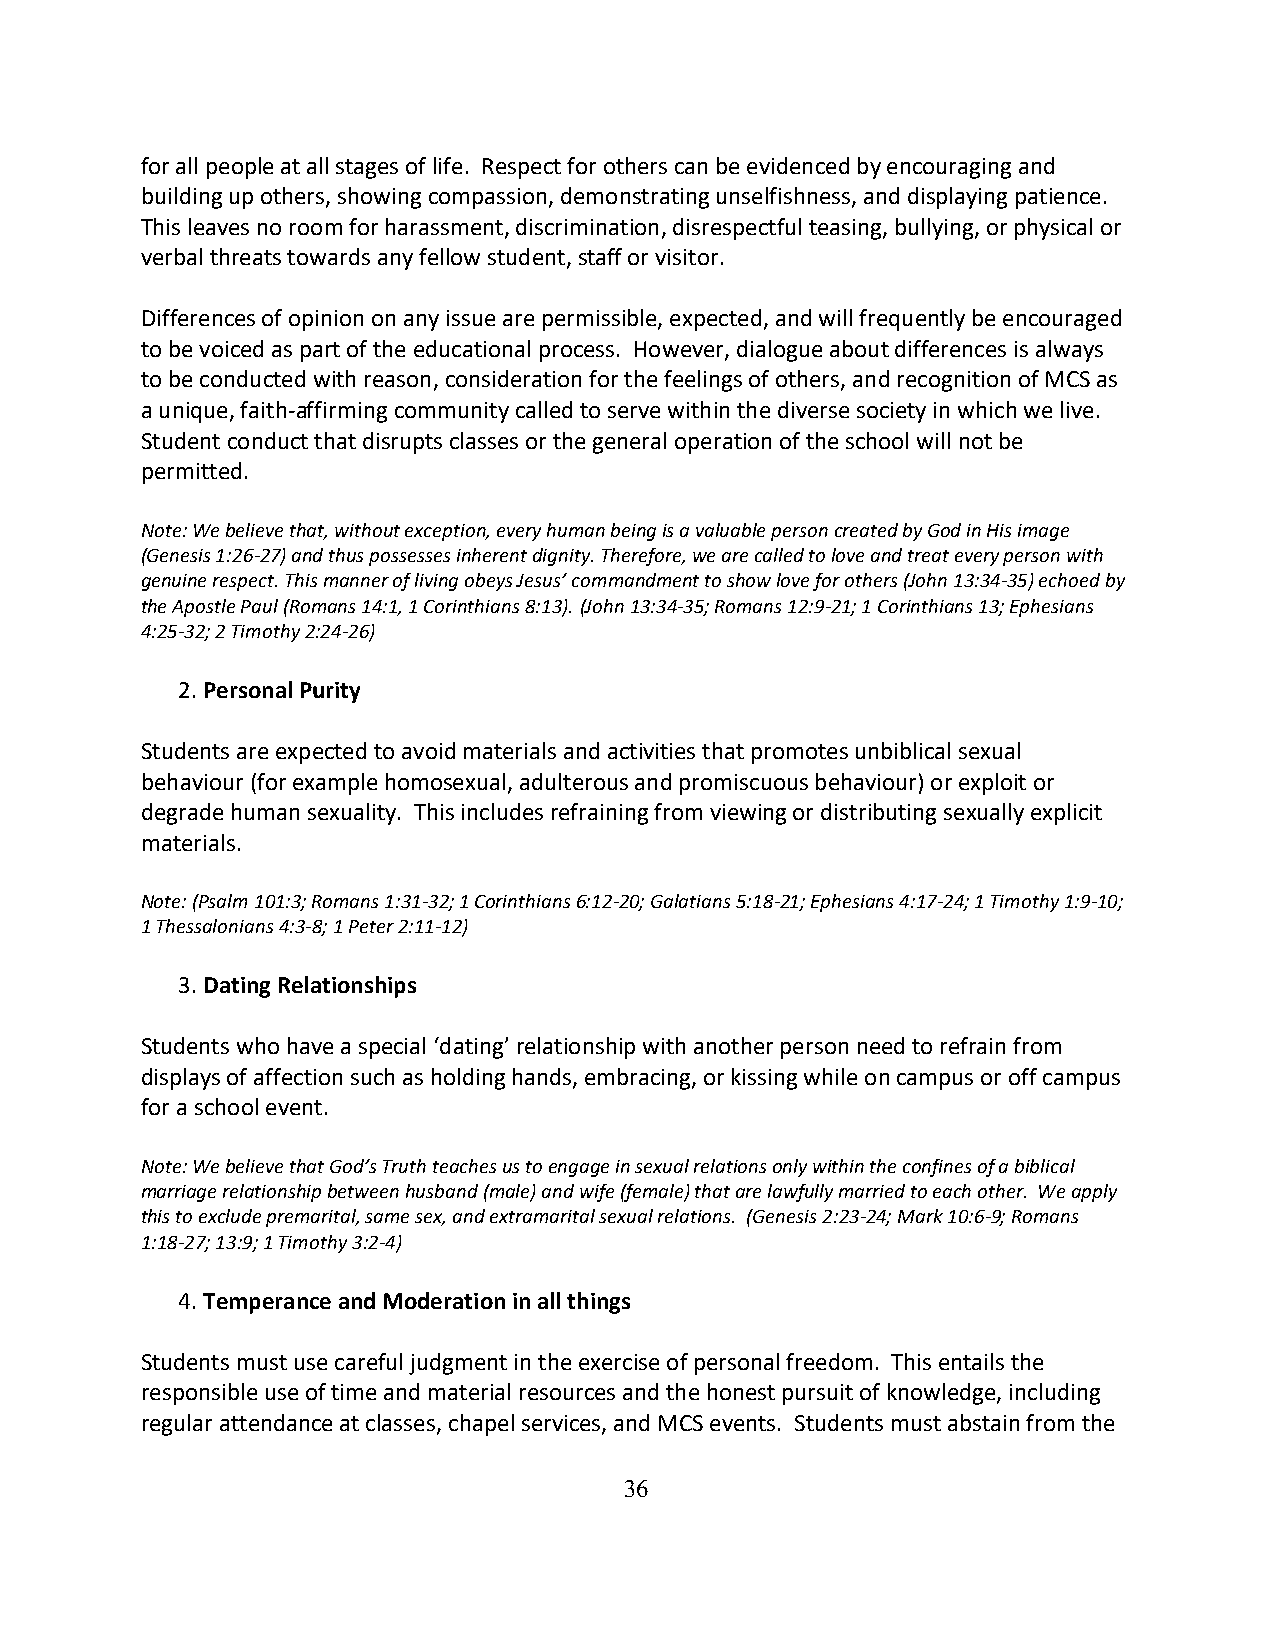
for all people at all stages of life. Respect for others can be evidenced by encouraging and
 building up others, showing compassion, demonstrating unselfishness, and displaying patience.
 This leaves no room for harassment, discrimination, disrespectful teasing, bullying, or physical or
 verbal threats towards any fellow student, staff or visitor.
 Differences of opinion on any issue are permissible, expected, and will frequently be encouraged
 to be voiced as part of the educational process. However, dialogue about differences is always
 to be conducted with reason, consideration for the feelings of others, and recognition of MCS as
 a unique, faith-affirming community called to serve within the diverse society in which we live.
 Student conduct that disrupts classes or the general operation of the school will not be
 permitted.
 Note: We believe that, without exception, every human being is a valuable person created by God in His image
 (Genesis 1:26-27) and thus possesses inherent dignity. Therefore, we are called to love and treat every person with
 genuine respect. This manner of living obeys Jesus’ commandment to show love for others (John 13:34-35) echoed by
 the Apostle Paul (Romans 14:1, 1 Corinthians 8:13). (John 13:34-35; Romans 12:9-21; 1 Corinthians 13; Ephesians
 4:25-32; 2 Timothy 2:24-26)
 2. Personal Purity
 Students are expected to avoid materials and activities that promotes unbiblical sexual
 behaviour (for example homosexual, adulterous and promiscuous behaviour) or exploit or
 degrade human sexuality. This includes refraining from viewing or distributing sexually explicit
 materials.
 Note: (Psalm 101:3; Romans 1:31-32; 1 Corinthians 6:12-20; Galatians 5:18-21; Ephesians 4:17-24; 1 Timothy 1:9-10;
 1 Thessalonians 4:3-8; 1 Peter 2:11-12)
 3. Dating Relationships
 Students who have a special ‘dating’ relationship with another person need to refrain from
 displays of affection such as holding hands, embracing, or kissing while on campus or off campus
 for a school event.
 Note: We believe that God’s Truth teaches us to engage in sexual relations only within the confines of a biblical
 marriage relationship between husband (male) and wife (female) that are lawfully married to each other. We apply
 this to exclude premarital, same sex, and extramarital sexual relations. (Genesis 2:23-24; Mark 10:6-9; Romans
 1:18-27; 13:9; 1 Timothy 3:2-4)
 4. Temperance and Moderation in all things
 Students must use careful judgment in the exercise of personal freedom. This entails the
 responsible use of time and material resources and the honest pursuit of knowledge, including
 regular attendance at classes, chapel services, and MCS events. Students must abstain from the
 36